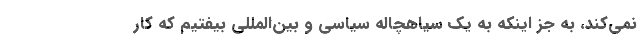
نمی‌کند، به جز اینکه به یک سیاهچاله سیاسی و بین‌المللی بیفتیم که کار